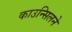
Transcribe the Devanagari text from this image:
काउन्सिलने